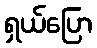
ရှယ်ပြော